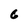
Character: 6